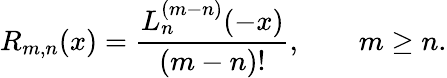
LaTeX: R_{m,n}(x)=\frac{L_{n}^{(m-n)}(-x)}{(m-n)!},\qquad m\ge n.